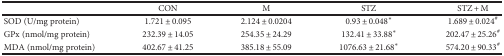
<table><thead><tr><td></td><td><b>CON</b></td><td><b>M</b></td><td><b>STZ</b></td><td><b>STZ + M</b></td></tr></thead><tbody><tr><td>SOD (U/mg protein)</td><td>1.721 ± 0.095</td><td>2.124 ± 0.0204</td><td>0.93 ± 0.048<sup>∗</sup></td><td>1.689 ± 0.024<sup>#</sup></td></tr><tr><td>GPx (nmol/mg protein)</td><td>232.39 ± 14.05</td><td>254.35 ± 24.29</td><td>132.41 ± 33.88<sup>∗</sup></td><td>202.47 ± 25.26<sup>#</sup></td></tr><tr><td>MDA (nmol/mg protein)</td><td>402.67 ± 41.25</td><td>385.18 ± 55.09</td><td>1076.63 ± 21.68<sup>∗</sup></td><td>574.20 ± 90.33<sup>#</sup></td></tr></tbody></table>